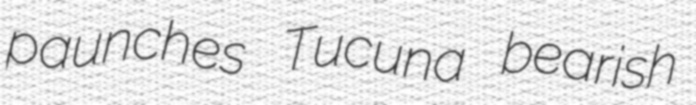
paunches Tucuna bearish